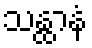
သန္ထာနံ